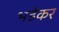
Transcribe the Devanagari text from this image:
भडेकर